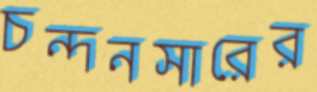
চন্দনসারের